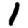
Digit: 1